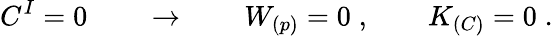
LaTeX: C^{I}=0\qquad\rightarrow\qquad W_{(p)}=0\; ,\qquad K_{(C)}=0\; .